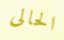
الحالى